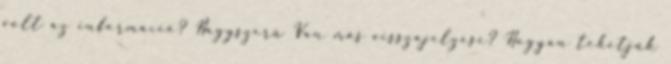
volt az információ? Nagyszerű Van más visszajelzése? Hogyan tehetjük